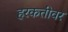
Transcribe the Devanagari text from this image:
हरकतीवर